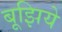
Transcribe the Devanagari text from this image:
बूझिये